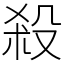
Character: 殺